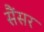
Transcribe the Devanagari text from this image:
सैंसर